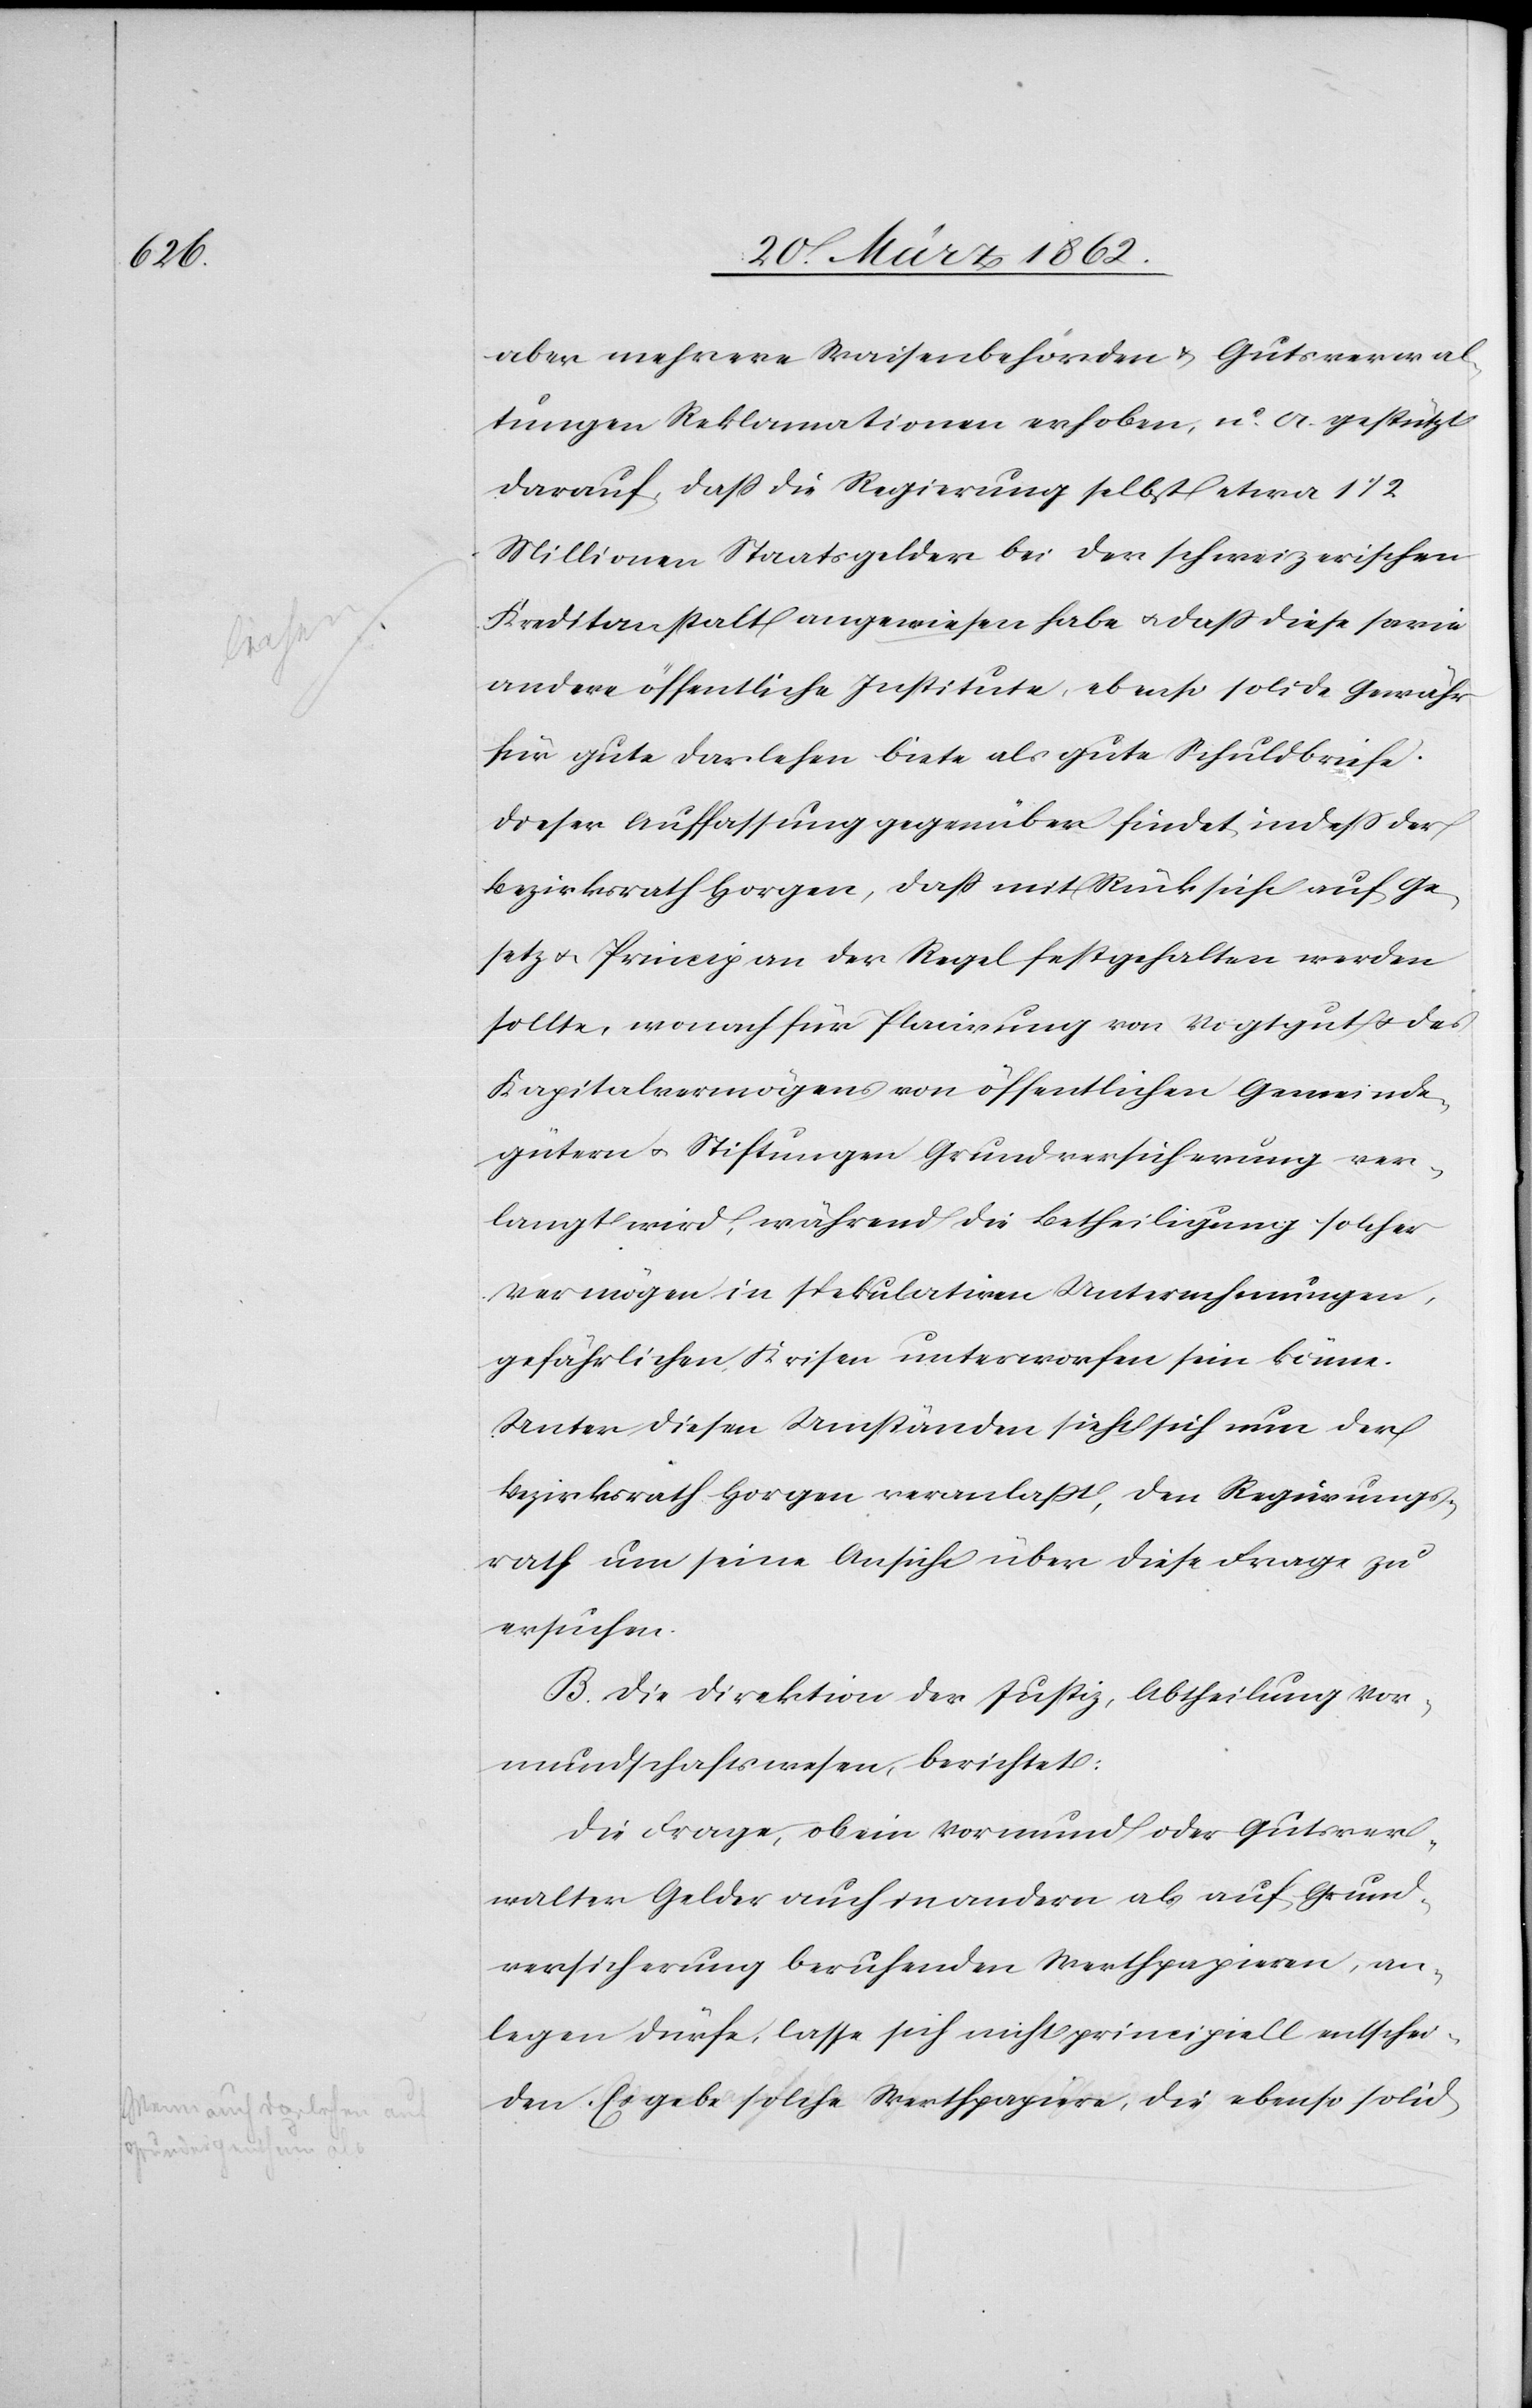
aber mehrere Waisenbehörden & Gutsverwal¬
tungen Reklamationen erhoben, u. a. gestützt
darauf, daß die Regierung selbst etwa 1 1/2
Millionen Staatsgelder bei der schweizerischen
Kreditanstalt angewiesen habe u. daß diese sowie
andere öffentliche Institute, ebenso solide Gewähr
für gute Darlehen biete als gute Schuldbriefe.
Dieser Auffassung gegenüber findet indeß der
Bezirksrath Horgen, daß mit Rücksicht auf Ge¬
setz u. Princip an der Regel festgehalten werden
sollte, wonach für Placirung von Vogtgut u. des
Kapitalvermögens von öffentlichen Gemeinde¬
gütern u. Stiftungen Grundversicherung ver¬
langt wird, während die Betheiligung solcher
Vermögen in spekulativen Unternehmungen,
gefährlichen Krisen unterworfen sein könne.
Unter diesen Umständen sieht sich nun der
Bezirksrath Horgen veranlaßt, den Regierungs¬
rath um seine Ansicht über diese Frage zu
ersuchen.
B. Die Direktion der Justiz, Abtheilung Vor¬
mundschaftswesen, berichtet:
Die Frage, ob ein Vormund oder Gutsver¬
walter Gelder auch in andern als auf Grund¬
versicherung beruhenden Werthpapieren, an¬
legen dürfe, lasse sich nicht principiell entschei¬
den. Es gebe solche Werthpapiere, die ebenso solid